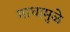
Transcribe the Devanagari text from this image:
माधामुळे